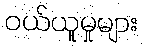
ဝယ်ယူမှုများ